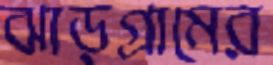
ঝাড়গ্রামের